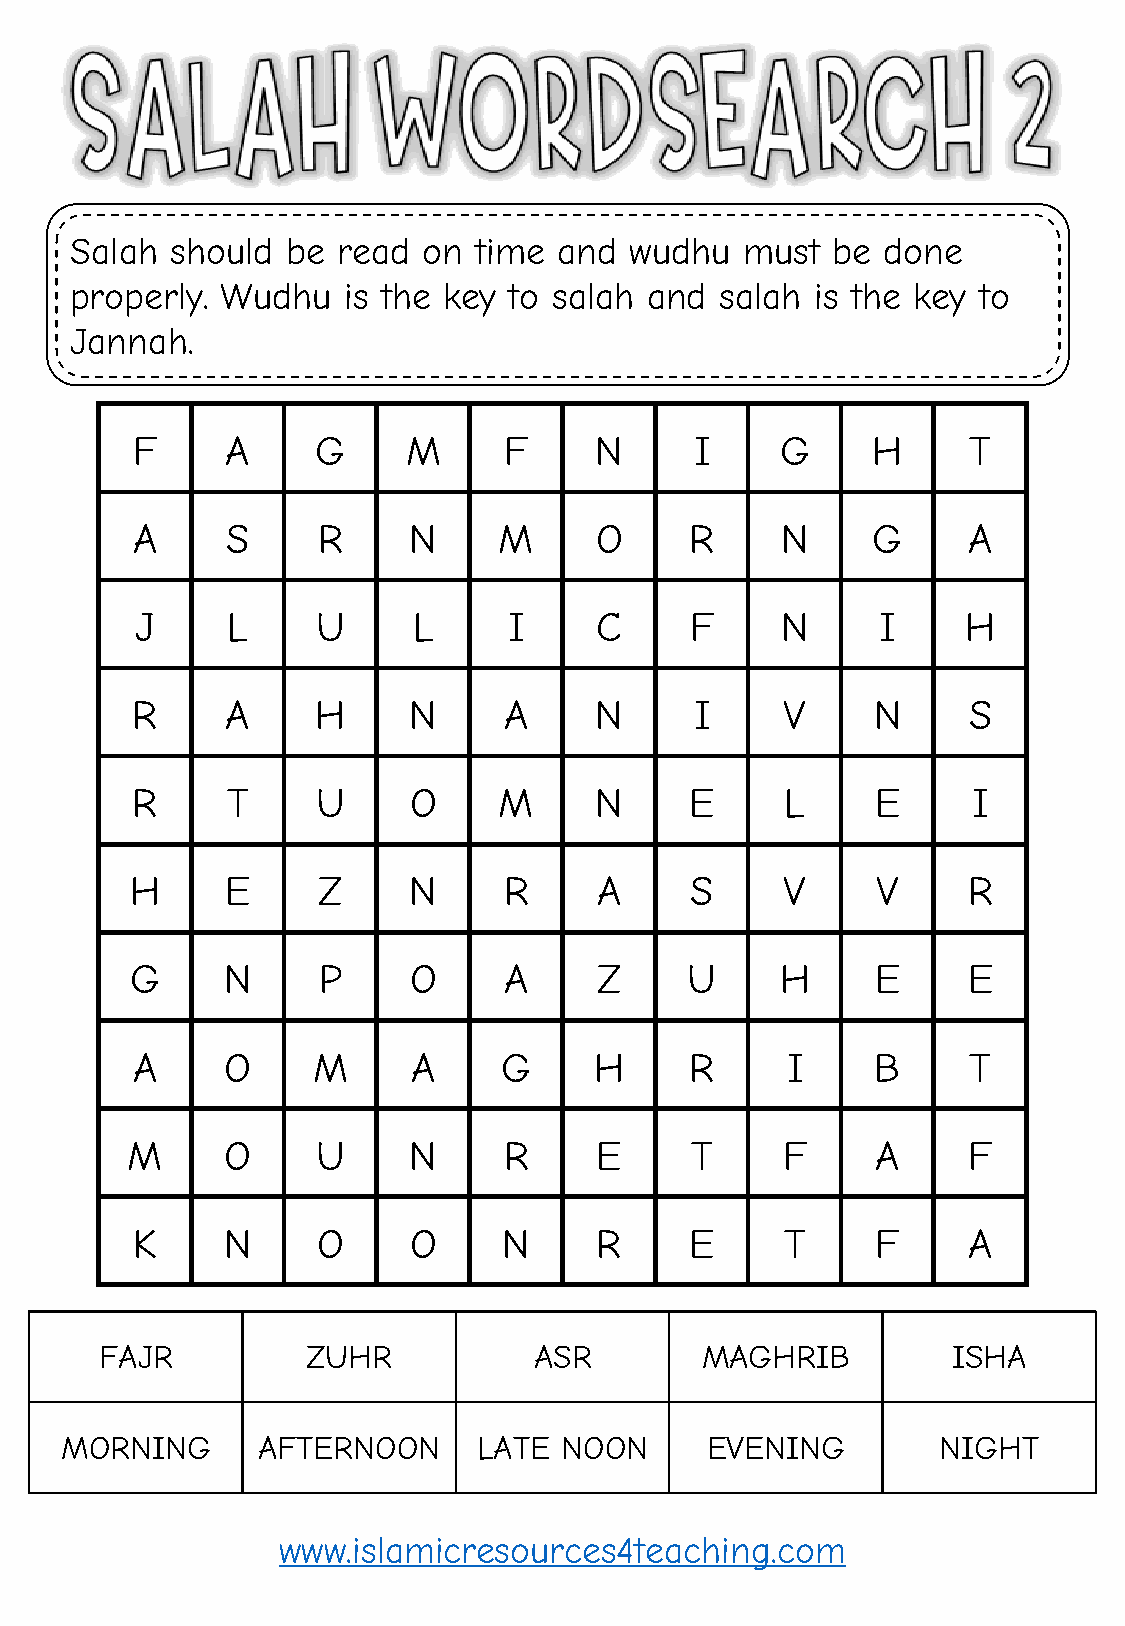
Salah should  be read  on time  and  wudhu  must  be done
 properly. Wudhu   is the key to salah and  salah is the key to
 Jannah.
 F     A     G     M     F     N      I     G     H     T
 A     S     R     N     M     O      R     N     G     A
 J     L     U     L      I    C      F     N     I     H
 R     A     H     N     A     N      I     V     N     S
 R     T     U     O     M     N      E     L     E     I
 H     E     Z     N     R      A     S     V     V     R
 G     N     P     O     A      Z     U     H     E     E
 A     O     M     A     G     H      R     I     B     T
 M      O     U     N     R     E      T     F     A     F
 K     N     O     O     N     R      E     T     F     A
 FAJR         ZUHR           ASR        MAGHRIB          ISHA
 MORNING      AFTERNOON      LATE NOON      EVENING        NIGHT
 www.islamicresources4teaching.com